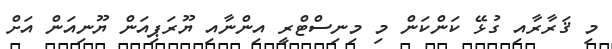
މި ޤަރާރާއި ގުޅޭ ކަންކަން މި މިނިސްޓްރީ އިންނާއި ޔޫރަޕިއަން ޔޫނިއަން އަށް